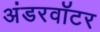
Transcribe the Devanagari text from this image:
अंडरवॉटर